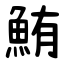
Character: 鮪